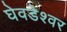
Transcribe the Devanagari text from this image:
घेवडेश्वर